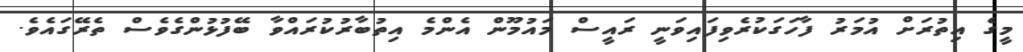
މީގެ އިތުރަށް އުމަރު ފާހަގަކުރެވިފައިވަނީ ރައީސް މައުމޫން އެންމެ އިތުބާރުކުރައްވާ ބޭފުޅުންގެވެސް ތެރޭގައެވެ.